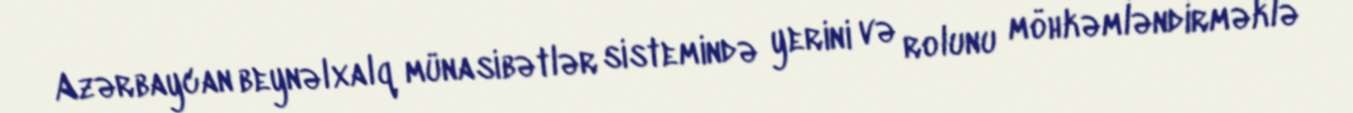
Azərbaycan beynəlxalq münasibətlər sistemində yerini və rolunu möhkəmləndirməklə